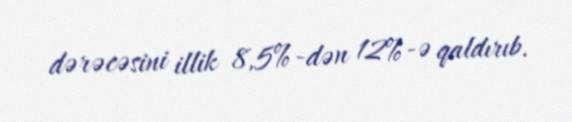
dərəcəsini illik 8,5%-dən 12%-ə qaldırıb.